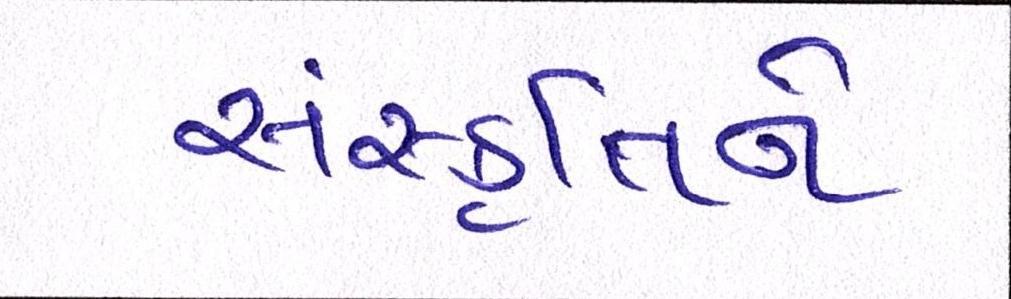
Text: સંસ્કૃતિને